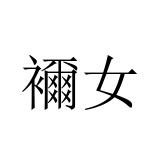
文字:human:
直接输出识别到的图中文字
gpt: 襧女